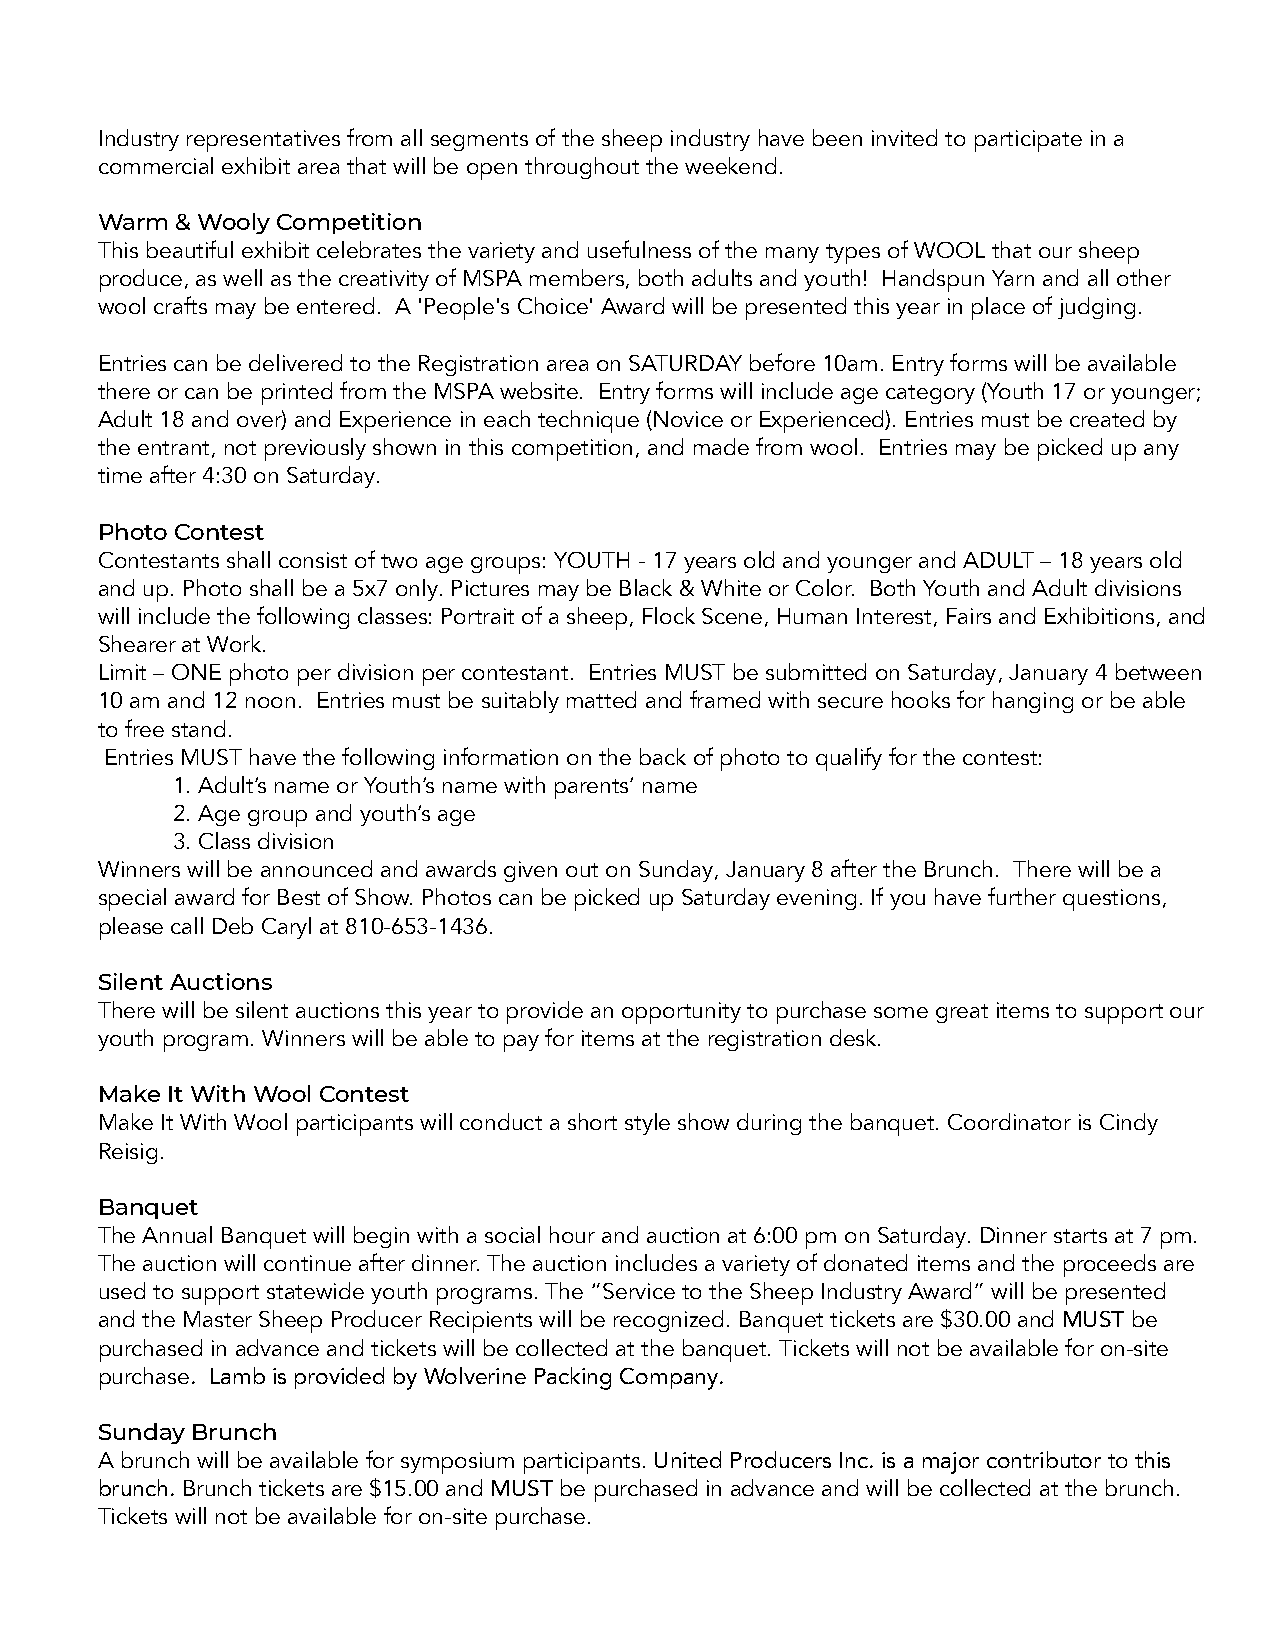
Industry representatives from all segments of the sheep industry have been invited to participate in a
 commercial exhibit area that will be open throughout the weekend.
 Warm  & Wooly Competition
 This beautiful exhibit celebrates the variety and usefulness of the many types of WOOL that our sheep
 produce, as well as the creativity of MSPA members, both adults and youth! Handspun Yarn and all other
 wool crafts may be entered. A 'People's Choice' Award will be presented this year in place of judging.
 Entries can be delivered to the Registration area on SATURDAY before 10am. Entry forms will be available
 there or can be printed from the MSPA website. Entry forms will include age category (Youth 17 or younger;
 Adult 18 and over) and Experience in each technique (Novice or Experienced). Entries must be created by
 the entrant, not previously shown in this competition, and made from wool. Entries may be picked up any
 time after 4:30 on Saturday.
 Photo Contest
 Contestants shall consist of two age groups: YOUTH - 17 years old and younger and ADULT – 18 years old
 and up. Photo shall be a 5x7 only. Pictures may be Black & White or Color. Both Youth and Adult divisions
 will include the following classes: Portrait of a sheep, Flock Scene, Human Interest, Fairs and Exhibitions, and
 Shearer at Work.
 Limit – ONE photo per division per contestant. Entries MUST be submitted on Saturday, January 4 between
 10 am and 12 noon. Entries must be suitably matted and framed with secure hooks for hanging or be able
 to free stand.
 Entries MUST have the following information on the back of photo to qualify for the contest:
 1. Adult’s name or Youth’s name with parents’ name
 2. Age group and youth’s age
 3. Class division
 Winners will be announced and awards given out on Sunday, January 8 after the Brunch. There will be a
 special award for Best of Show. Photos can be picked up Saturday evening. If you have further questions,
 please call Deb Caryl at 810-653-1436.
 Silent Auctions
 There will be silent auctions this year to provide an opportunity to purchase some great items to support our
 youth program. Winners will be able to pay for items at the registration desk.
 Make It With Wool Contest
 Make It With Wool participants will conduct a short style show during the banquet. Coordinator is Cindy
 Reisig.
 Banquet
 The Annual Banquet will begin with a social hour and auction at 6:00 pm on Saturday. Dinner starts at 7 pm.
 The auction will continue after dinner. The auction includes a variety of donated items and the proceeds are
 used to support statewide youth programs. The “Service to the Sheep Industry Award” will be presented
 and the Master Sheep Producer Recipients will be recognized. Banquet tickets are $30.00 and MUST be
 purchased in advance and tickets will be collected at the banquet. Tickets will not be available for on-site
 purchase. Lamb is provided by Wolverine Packing Company.
 Sunday Brunch
 A brunch will be available for symposium participants. United Producers Inc. is a major contributor to this
 brunch. Brunch tickets are $15.00 and MUST be purchased in advance and will be collected at the brunch.
 Tickets will not be available for on-site purchase.